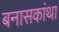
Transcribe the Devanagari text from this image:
बनासकांथा